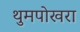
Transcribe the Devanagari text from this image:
थुमपोखरा